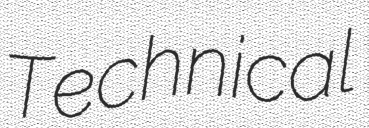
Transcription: Technical